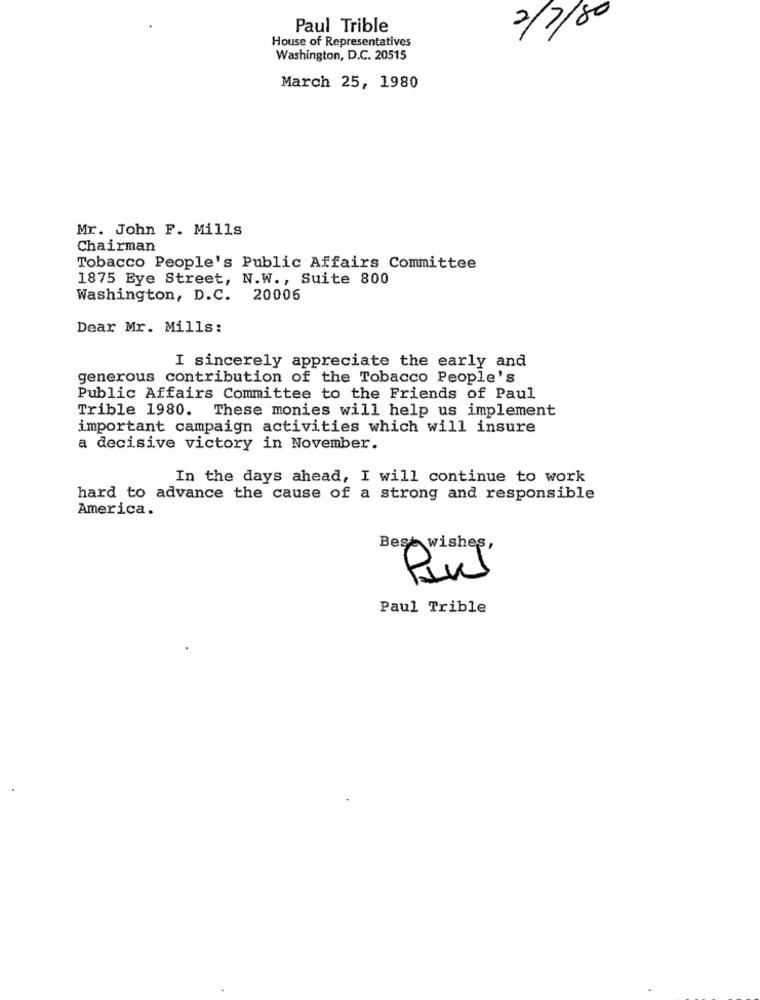
2/7/80
Paul Trible
House of Representatives
Washington, D.C. 20515
March 25, 1980
Mr. John F. Mills
Chairman
Tobacco People's Public Affairs Committee
1875 Eye Street, N.W ., Suite 800
Washington, D.C. 20006
Dear Mr. Mills:
I sincerely appreciate the early and
generous contribution of the Tobacco People's
Public Affairs Committee to the Friends of Paul
Trible 1980. These monies will help us implement
important campaign activities which will insure
a decisive victory in November.
In the days ahead, I will continue to work
hard to advance the cause of a strong and responsible
America.
Best wishes,
Paul Trible